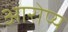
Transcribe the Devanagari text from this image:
आरोप्य